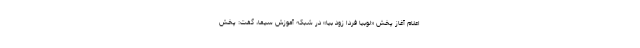
اعلام آغاز پخش «لوبیا فردا زود بیا» در شبکه آموزش سیما، گفت: پخش